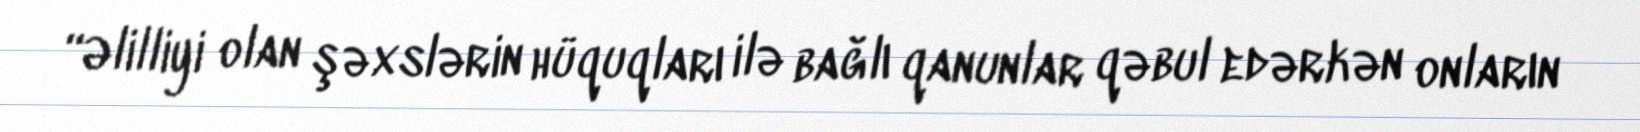
“Əlilliyi olan şəxslərin hüquqları ilə bağlı qanunlar qəbul edərkən onların